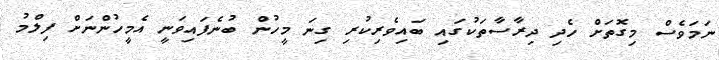
ނަމަވެސް މިގޮތަށް ހެދި ދިރާސާތަކުގައި ބައިވެރިކުރި ގިނަ މީހުން ބުނެފައިވަނީ އެމީހުންނަށް ފިލްމު